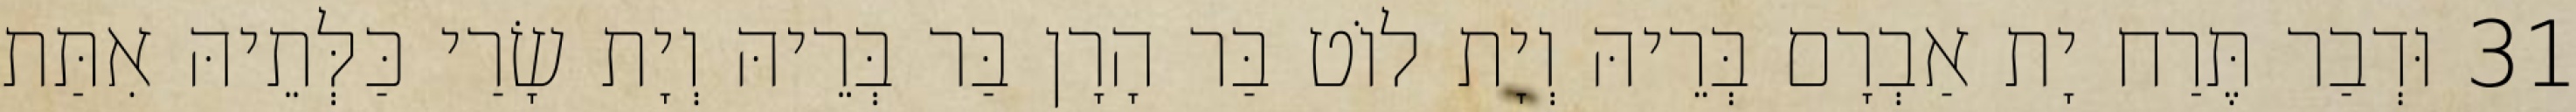
31 וּדְבַר תֶּרַח יָת אַבְרָם בְּרֵיהּ וְיָת לוֹט בַּר הָרָן בַּר בְּרֵיהּ וְיָת שָׂרַי כַּלְּתֵיהּ אִתַּת